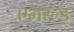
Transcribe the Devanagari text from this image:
एमरल्ड्